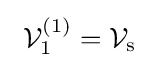
\ {\mathcal {V}}_{1}^{(1)}={\mathcal {V}}_{\text{s}}\